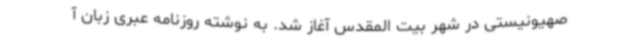
صهیونیستی در شهر بیت المقدس آغاز شد. به نوشته روزنامه عبری زبان آ